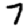
Digit: 7